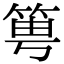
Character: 𥭢